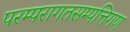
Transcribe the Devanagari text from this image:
परम्परागतसम्पत्तिगण